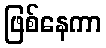
ဖြစ်နေကာ